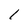
Character: 1